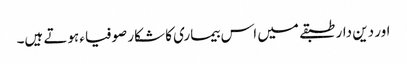
اور دین دار طبقے میں اس بیماری کا شکار صوفیاء ہوتے ہیں۔